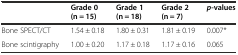
<table><thead><tr><td></td><td><b>Grade 0 (n = 15)</b></td><td><b>Grade 1 (n = 18)</b></td><td><b>Grade 2 (n = 7)</b></td><td><b><i>p</i>-values</b></td></tr></thead><tbody><tr><td>Bone SPECT/CT</td><td>1.54 ± 0.18</td><td>1.80 ± 0.31</td><td>1.81 ± 0.19</td><td>0.007*</td></tr><tr><td>Bone scintigraphy</td><td>1.00 ± 0.20</td><td>1.17 ± 0.18</td><td>1.17 ± 0.16</td><td>0.065</td></tr></tbody></table>